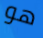
هو